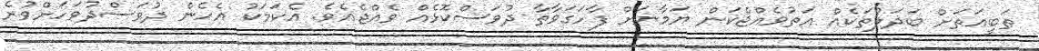
ޠަބީޢަތަށް ބަދަލުތަކެއް އަތުވެއްޖެކަން ޔަމާނަށް ފާހަގަވާތާ ދުވަސްކޮޅެއް ވެއްޖެއެވެ. އެކަމަކު އެހެން ދުވަސްދުވަހަށްވުރެ